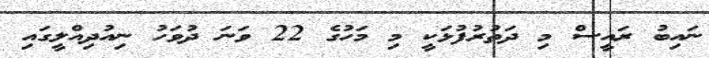
ނައިބު ރައީސް މި ދަތުރުފުޅަކީ މި މަހުގެ 22 ވަނަ ދުވަހު ނިއުދިއްލީގައި